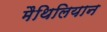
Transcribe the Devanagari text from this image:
मैथिलियान